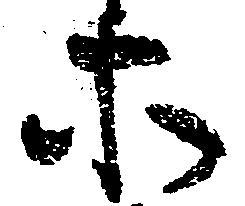
等